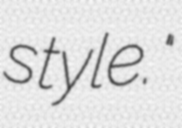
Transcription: style."